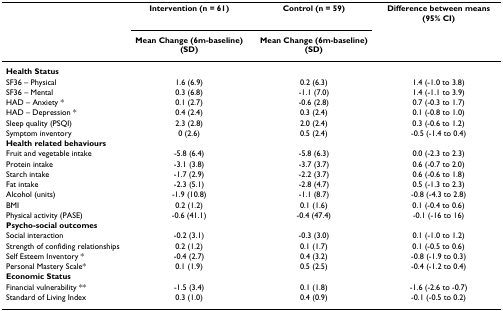
<table><thead><tr><td></td><td><b>Intervention (n = 61)</b></td><td><b>Control (n = 59)</b></td><td><b>Difference between means (95% CI)</b></td></tr><tr><td></td><td><b>Mean Change (6m-baseline) (SD)</b></td><td><b>Mean Change (6m-baseline) (SD)</b></td><td></td></tr></thead><tbody><tr><td><b>Health Status</b></td><td></td><td></td><td></td></tr><tr><td>SF36 – Physical</td><td>1.6 (6.9)</td><td>0.2 (6.3)</td><td>1.4 (-1.0 to 3.8)</td></tr><tr><td>SF36 – Mental</td><td>0.3 (6.8)</td><td>-1.1 (7.0)</td><td>1.4 (-1.1 to 3.9)</td></tr><tr><td>HAD – Anxiety *</td><td>0.1 (2.7)</td><td>-0.6 (2.8)</td><td>0.7 (-0.3 to 1.7)</td></tr><tr><td>HAD – Depression *</td><td>0.4 (2.4)</td><td>0.3 (2.4)</td><td>0.1 (-0.8 to 1.0)</td></tr><tr><td>Sleep quality (PSQI)</td><td>2.3 (2.8)</td><td>2.0 (2.4)</td><td>0.3 (-0.6 to 1.2)</td></tr><tr><td>Symptom inventory</td><td>0 (2.6)</td><td>0.5 (2.4)</td><td>-0.5 (-1.4 to 0.4)</td></tr><tr><td><b>Health related behaviours</b></td><td></td><td></td><td></td></tr><tr><td>Fruit and vegetable intake</td><td>-5.8 (6.4)</td><td>-5.8 (6.3)</td><td>0.0 (-2.3 to 2.3)</td></tr><tr><td>Protein intake</td><td>-3.1 (3.8)</td><td>-3.7 (3.7)</td><td>0.6 (-0.7 to 2.0)</td></tr><tr><td>Starch intake</td><td>-1.7 (2.9)</td><td>-2.2 (3.7)</td><td>0.6 (-0.6 to 1.8)</td></tr><tr><td>Fat intake</td><td>-2.3 (5.1)</td><td>-2.8 (4.7)</td><td>0.5 (-1.3 to 2.3)</td></tr><tr><td>Alcohol (units)</td><td>-1.9 (10.8)</td><td>-1.1 (8.7)</td><td>-0.8 (-4.3 to 2.8)</td></tr><tr><td>BMI</td><td>0.2 (1.2)</td><td>0.1 (1.6)</td><td>0.1 (-0.4 to 0.6)</td></tr><tr><td>Physical activity (PASE)</td><td>-0.6 (41.1)</td><td>-0.4 (47.4)</td><td>-0.1 (-16 to 16)</td></tr><tr><td><b>Psycho-social outcomes</b></td><td></td><td></td><td></td></tr><tr><td>Social interaction</td><td>-0.2 (3.1)</td><td>-0.3 (3.0)</td><td>0.1 (-1.0 to 1.2)</td></tr><tr><td>Strength of confiding relationships</td><td>0.2 (1.2)</td><td>0.1 (1.7)</td><td>0.1 (-0.5 to 0.6)</td></tr><tr><td>Self Esteem Inventory *</td><td>-0.4 (2.7)</td><td>0.4 (3.2)</td><td>-0.8 (-1.9 to 0.3)</td></tr><tr><td>Personal Mastery Scale*</td><td>0.1 (1.9)</td><td>0.5 (2.5)</td><td>-0.4 (-1.2 to 0.4)</td></tr><tr><td><b>Economic Status</b></td><td></td><td></td><td></td></tr><tr><td>Financial vulnerability **</td><td>-1.5 (3.4)</td><td>0.1 (1.8)</td><td>-1.6 (-2.6 to -0.7)</td></tr><tr><td>Standard of Living Index</td><td>0.3 (1.0)</td><td>0.4 (0.9)</td><td>-0.1 (-0.5 to 0.2)</td></tr></tbody></table>